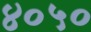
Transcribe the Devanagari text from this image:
४०५०